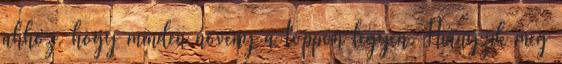
ahhoz, hogy minden növény a toppon legyen. Hiányzik még